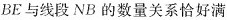
BE与线段NB的数量关系恰好满